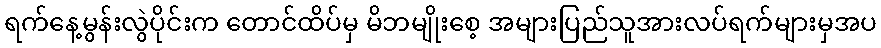
ရက်နေ့မွန်းလွဲပိုင်းက တောင်ထိပ်မှ မိဘမျိုးစေ့ အများပြည်သူအားလပ်ရက်များမှအပ